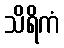
သိရိကံ